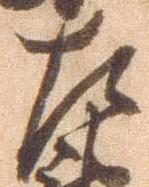
左